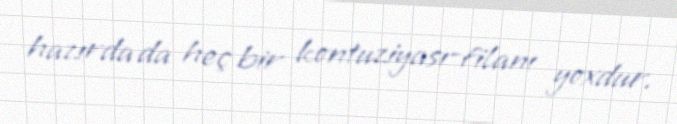
hazırda da heç bir kontuziyası-filanı yoxdur.